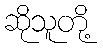
ဆိုသူတို့